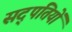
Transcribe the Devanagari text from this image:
सद्पतियों